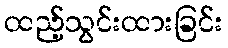
ထည့်သွင်းထားခြင်း